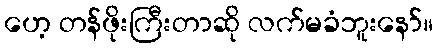
ဟေ့ တန်ဖိုးကြီးတာဆို လက်မခံဘူးနော်။